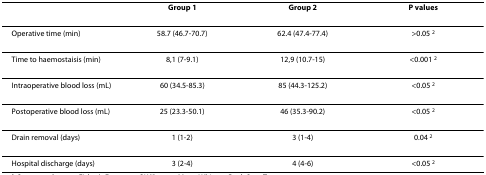
|  | Group 1 | Group 2 | P values |
 | --- | --- | --- | --- |
 | Operative time (min) | 58.7 (46.7-70.7) | 62.4 (47.4-77.4) | >0.05 2 |
 | Time to haemostaisis (min) | 8,1 (7-9.1) | 12,9 (10.7-15) | <0.001 2 |
 | Intraoperative blood loss (mL) | 60 (34.5-85.3) | 85 (44.3-125.2) | <0.05 2 |
 | Postoperative blood loss (mL) | 25 (23.3-50.1) | 46 (35.3-90.2) | <0.05 2 |
 | Drain removal (days) | 1 (1-2) | 3 (1-4) | 0.04 2 |
 | Hospital discharge (days) | 3 (2-4) | 4 (4-6) | <0.05 2 |